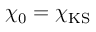
\chi _ { 0 } = \chi _ { \mathrm { K S } }